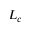
L _ { c }